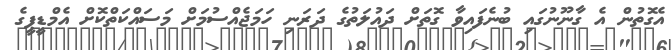
އެގޮތުން އެ ގާނޫނުގައި ބުނެފައިވާ ގޮތަށް ދައުލަތުގެ ދަރަނި ހަމަޖެއްސުމަށް މަސައްކަތްކޮށް އެމްޑީޕީގެ